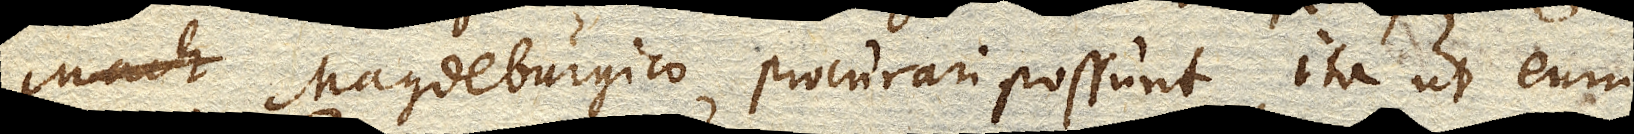
Magdeburgico procurari possunt, ita ut eum